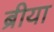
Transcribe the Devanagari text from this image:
ब्रीया